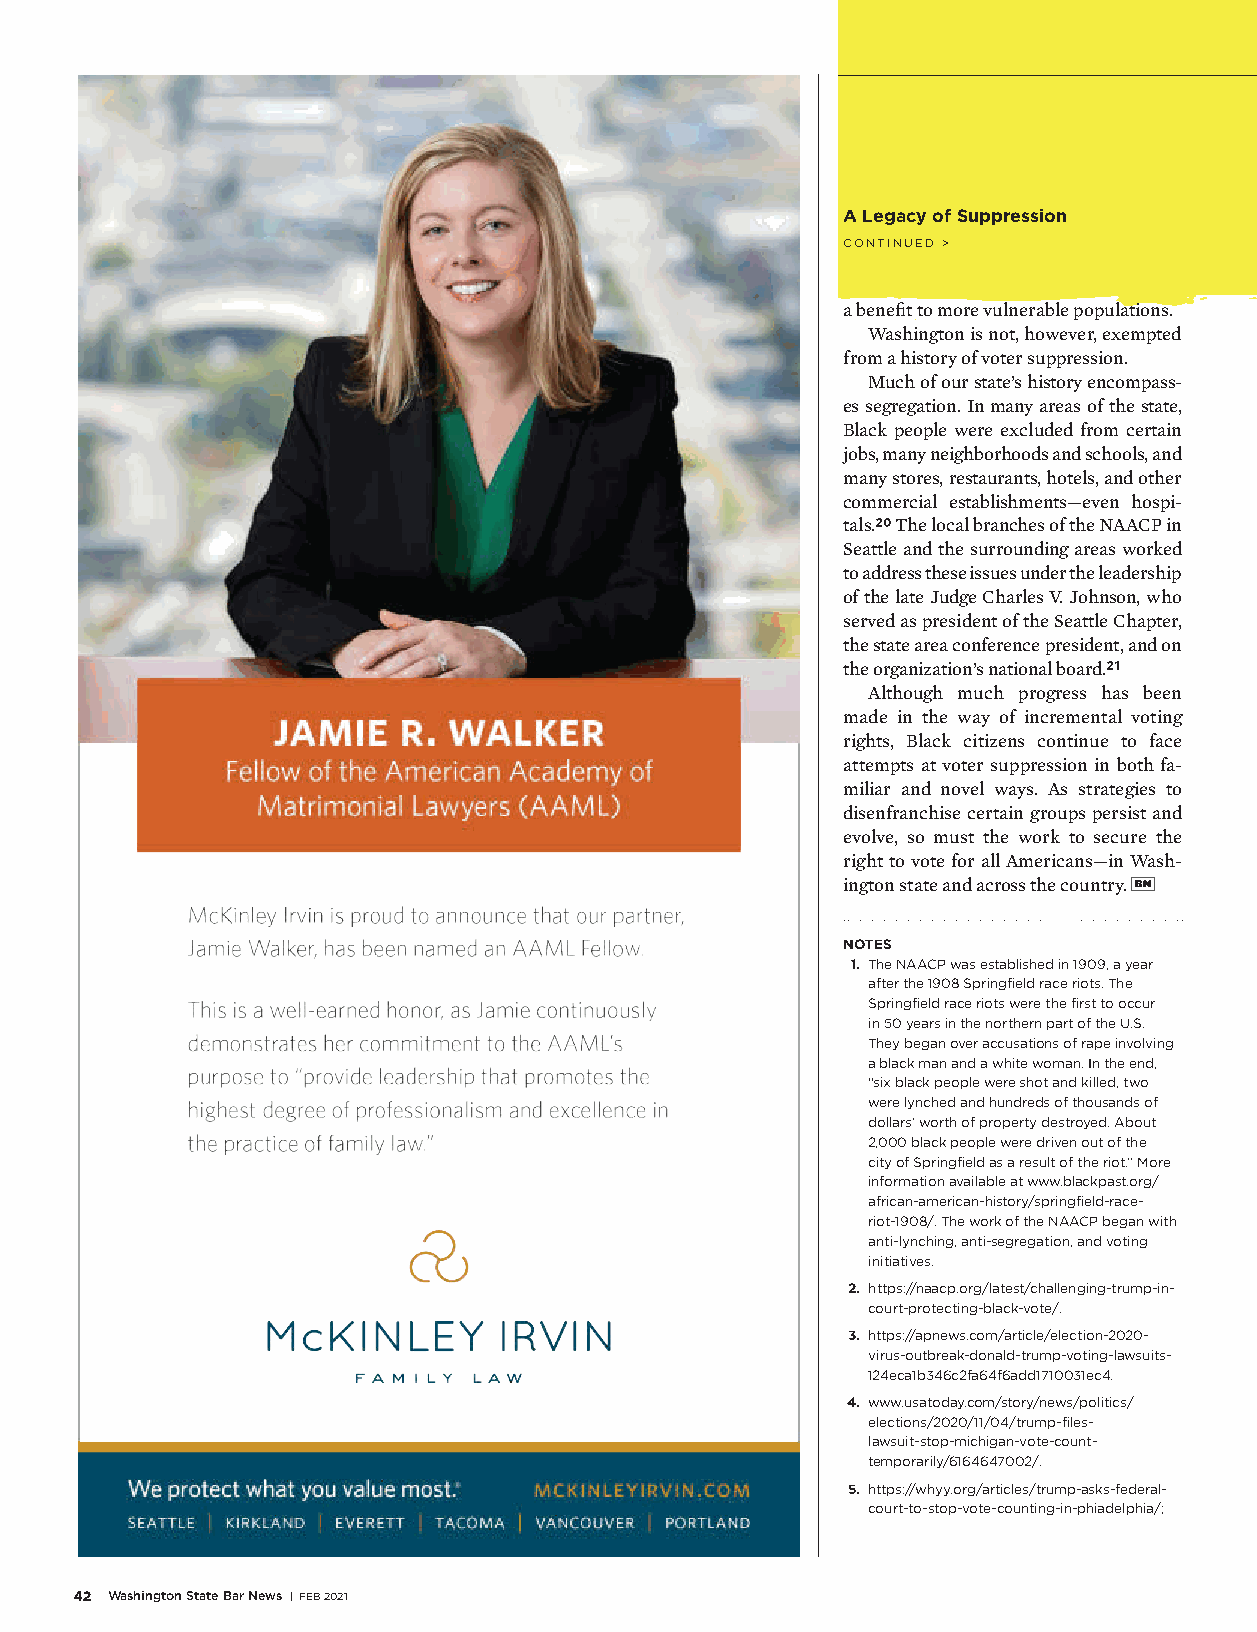
A Legacy of Suppression
 CONTINUED >
 a benefit to more vulnerable populations.
 Washington is not, however, exempted
 from a history of voter suppression.
 Much of our state’s history encompass-
 es segregation. In many areas of the state,
 Black people were excluded from certain
 jobs, many neighborhoods and schools, and
 many stores, restaurants, hotels, and other
 commercial establishments—even hospi-
 tals.20 The local branches of the NAACP in
 Seattle and the surrounding areas worked
 to address these issues under the leadership
 of the late Judge Charles V. Johnson, who
 served as president of the Seattle Chapter,
 the state area conference president, and on
 the organization’s national board.21
 Although much progress has been
 made in the way of incremental voting
 rights, Black citizens continue to face
 attempts at voter suppression in both fa-
 miliar and novel ways. As strategies to
 disenfranchise certain groups persist and
 evolve, so must the work to secure the
 right to vote for all Americans—in Wash-
 ington state and across the country.
 NOTES
 1. The NAACP was established in 1909, a year
 after the 1908 Springfield race riots. The
 Springfield race riots were the first to occur
 in 50 years in the northern part of the U.S.
 They began over accusations of rape involving
 a black man and a white woman. In the end,
 “six black people were shot and killed, two
 were lynched and hundreds of thousands of
 dollars’ worth of property destroyed. About
 2,000 black people were driven out of the
 city of Springfield as a result of the riot.” More
 information available at www.blackpast.org/
 african-american-history/springfield-race-
 riot-1908/. The work of the NAACP began with
 anti-lynching, anti-segregation, and voting
 initiatives.
 2. https://naacp.org/latest/challenging-trump-in-
 court-protecting-black-vote/.
 3. https://apnews.com/article/election-2020-
 virus-outbreak-donald-trump-voting-lawsuits-
 124eca1b346c2fa64f6add1710031ec4.
 4. www.usatoday.com/story/news/politics/
 elections/2020/11/04/trump-files-
 lawsuit-stop-michigan-vote-count-
 temporarily/6164647002/.
 5. https://whyy.org/articles/trump-asks-federal-
 court-to-stop-vote-counting-in-phiadelphia/;
 42 Washington State Bar News | FEB 2021